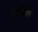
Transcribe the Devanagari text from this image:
गर्मजल